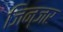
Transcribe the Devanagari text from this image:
जिन्जर